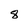
Character: 8